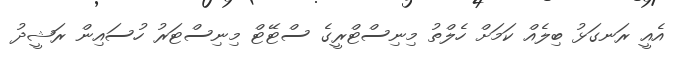
އެއީ ރަނގަޅު ބިލެއް ކަމަށް ހެލްތު މިނިސްޓްރީގެ ސްޓޭޓް މިނިސްޓަރު ހުސައިން ރަޝީދު